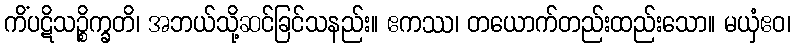
ကိံပဋိသဉ္စိက္ခတိ၊ အဘယ်သို့ဆင်ခြင်သနည်း။ ဧကဿ၊ တယောက်တည်းထည်းသော။ မယှံဧဝ၊